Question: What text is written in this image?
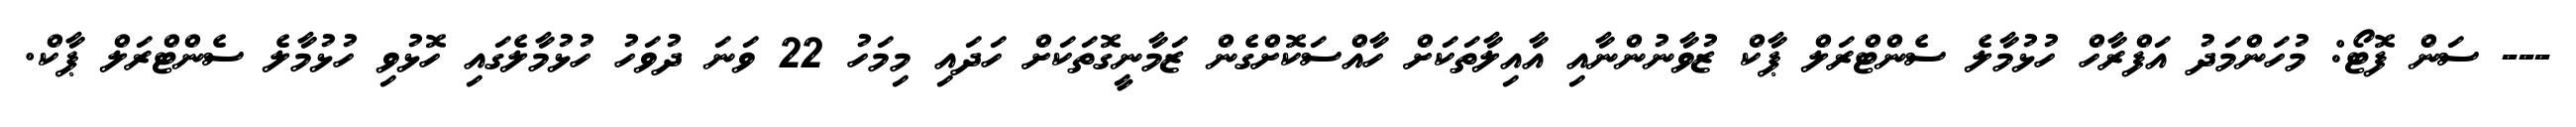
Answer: --- ސަން ފޮޓޯ: މުހަންމަދު އަފްރާހް ހުޅުމާލެ ސެންޓްރަލް ޕާކް ޒުވާނުންނާއި އާއިލާތަކަށް ހާއްސަކޮށްގެން ޒަމާނީގޮތަކަށް ހަދައި މިމަހު 22 ވަނަ ދުވަހު ހުޅުމާލެގައި ހޮޅުވި ހުޅުމާލެ ސެންޓްރަލް ޕާކް.